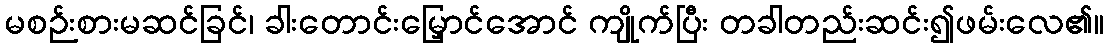
မစဉ်းစားမဆင်ခြင်၊ ခါးတောင်းမြှောင်အောင် ကျိုက်ပြီး တခါတည်းဆင်း၍ဖမ်းလေ၏။